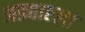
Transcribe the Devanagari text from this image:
अड्यारला